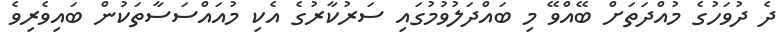
ދެ ދުވަހުގެ މުއްދަތަށް ބޭއްވޭ މި ބައްދަލުވުމުގައި ސަރުކާރުގެ އެކި މުއައްސަސާތަކުން ބައިވެރިވެ